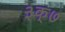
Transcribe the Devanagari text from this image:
३क्७